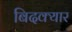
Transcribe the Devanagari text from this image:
बिदक्यार